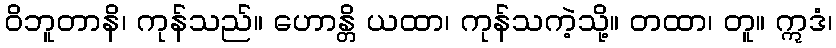
ဝိဘူတာနိ၊ ကုန်သည်။ ဟောန္တိ ယထာ၊ ကုန်သကဲ့သို့။ တထာ၊ တူ။ ဣဒံ၊